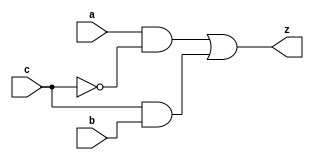
module yMux1(z, a, b, c);
output z;
input a, b, c;
wire notC, upper, lower;

not my_not(notC, c);
and upperAnd(upper, a, notC);
and lowerAnd(lower, c, b);
or my_or(z, upper, lower);

endmodule

module yMux(z, a, b, c);
parameter SIZE = 32;
output [SIZE - 1:0] z;
input [SIZE - 1:0] a, b;
input c;

yMux1 mine[SIZE - 1:0](z, a, b, c);

endmodule

module yAdder1(z, cout, a, b, cin);
output z, cout;
input a, b, cin;

xor left_xor(tmp, a, b);
xor right_xor(z, cin, tmp);
and left_and(outL, a, b);
and right_and(outR, tmp, cin);
or my_or(cout, outR, outL);

endmodule

module yAdder(z, cout, a, b, cin);
output signed[31:0] z;
output cout;
input signed [31:0] a, b;
input cin;
wire [31:0] in, out;

yAdder1 mine[31:0](z, out, a, b, in);

assign in[0] = cin;
assign in[1] = out[0];

assign in[31:2] = out[30:1];

endmodule

module yArith(z, cout, a, b, ctrl);
// add if ctrl = 0, subtract if ctrl = 1
output [31:0] z;
output cout;
input [31:0] a, b;
input ctrl;
wire [31:0] notB, tmp, tmp2;
wire cin;

// instantiate the components and connect them
// Hint: about 4 lines of code
not my_not[31:0](notB, b);

yAdder add(tmp, cout, a, b, ctrl);
yAdder sub(tmp2, cout, a, notB, ctrl);

yMux #(32) mine(z, tmp, tmp2, ctrl);

endmodule

module Lab8_part8;
reg signed [31:0] a, b;
reg c;
wire signed [31:0] z;
wire cout;
reg signed [31:0] expect;
integer i, j, k;
	
yArith my_Arith(z, cout, a, b, c);
	
initial
begin
	//a = $random;
	//b = $random;	
	a = $random;
	b = $random;
	c = $random % 2;
	expect = (c) ? a - b : a + b;
	#1;
	if (expect == z)
		// pass
		$display("PASS: a=%d b=%d c=%d z=%d expect=%d", a, b, c, z, expect);
	else
		// fail
		$display("FAIL: a=%d b=%d c=%d z=%d expect=%d", a, b, c, z, expect);

end
endmodule